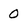
Character: 0